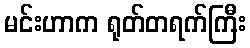
မင်းဟာက ရုတ်တရက်ကြီး